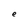
Character: e